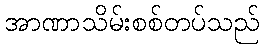
အာဏာသိမ်းစစ်တပ်သည်